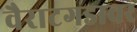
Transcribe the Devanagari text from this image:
वैराटगडावर